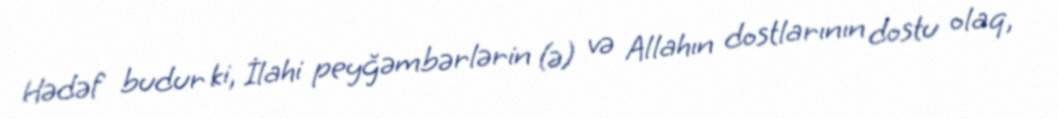
Hədəf budur ki, İlahi peyğəmbərlərin (ə) və Allahın dostlarının dostu olaq,